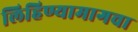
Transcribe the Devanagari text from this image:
लिहिण्यामागचा